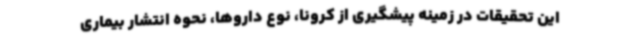
این تحقیقات در زمینه پیشگیری از کرونا، نوع داروها، نحوه انتشار بیماری